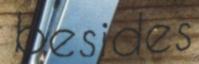
besides